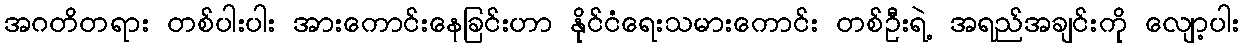
အဂတိတရား တစ်ပါးပါး အားကောင်းနေခြင်းဟာ နိုင်ငံရေးသမားကောင်း တစ်ဦးရဲ့ အရည်အချင်းကို လျော့ပါး